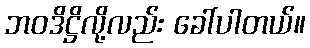
ဘဝဒိဋ္ဌိလို့လည်း ခေါ်ပါတယ်။